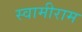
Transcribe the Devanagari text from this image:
स्वामीराम